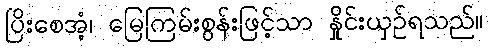
ပြိးစေအံ့၊ မြေကြမ်းစွန်းဖြင့်သာ နှိုင်းယှဉ်ရသည်။